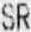
SR